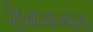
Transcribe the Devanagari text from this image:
शेळकबाव